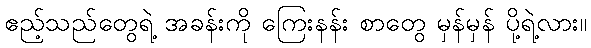
ဧည့်သည်တွေရဲ့ အခန်းကို ကြေးနန်း စာတွေ မှန်မှန် ပို့ရဲ့လား။